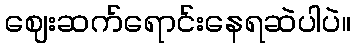
ဈေးဆက်ရောင်းနေရဆဲပါပဲ။